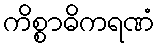
ကိစ္စာဓိကရဏံ